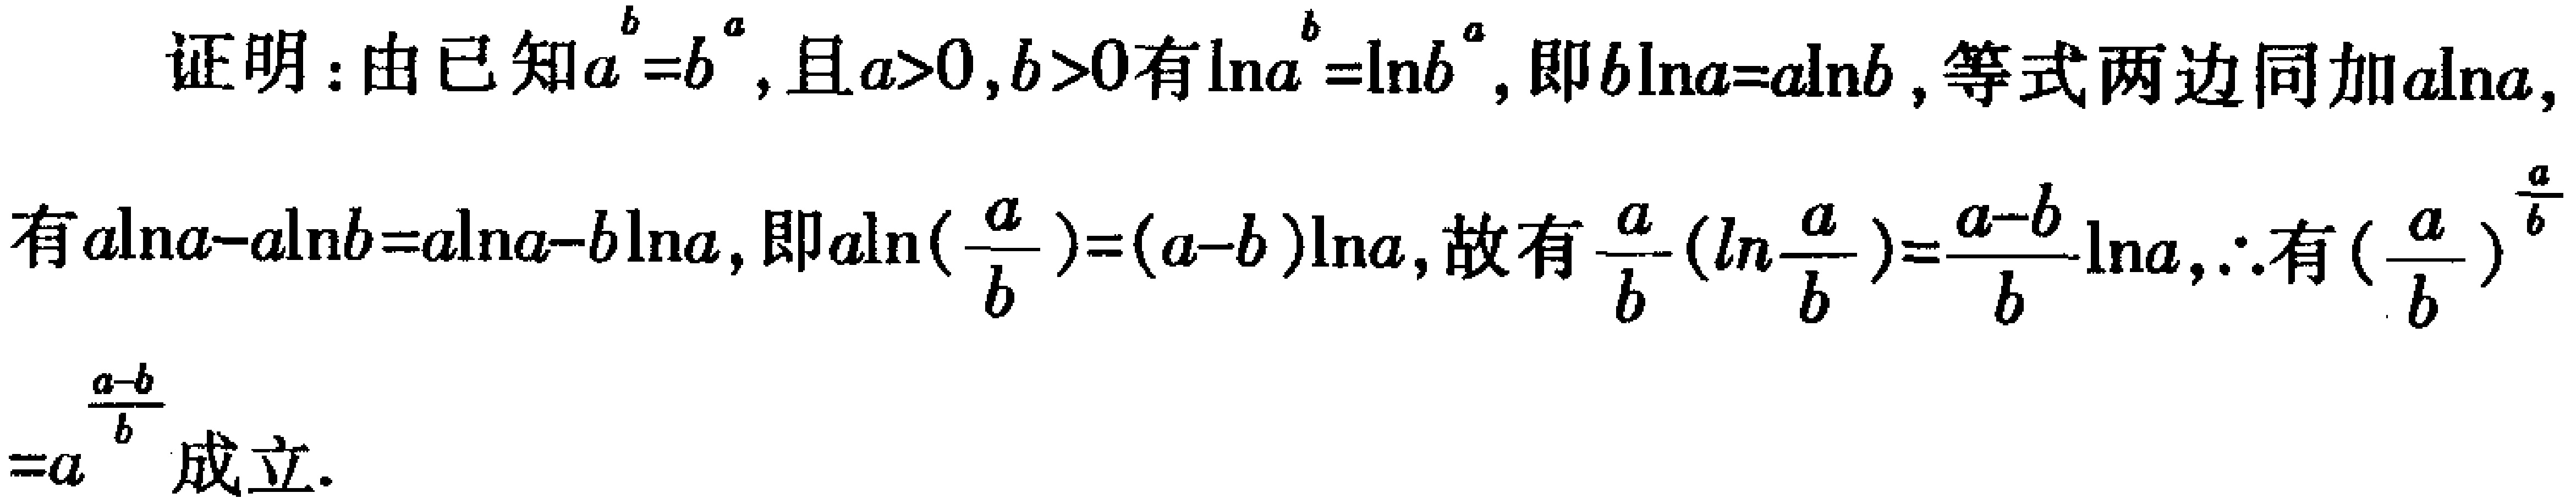
证明：由已知\(a^{b}=b^{a}\)，且\(a > 0,b > 0\)有\(\ln a^{b}=\ln b^{a}\)，即\(b\ln a=a\ln b\)，等式两边同加\(a\ln a\)，有\(a\ln a - a\ln b=a\ln a - b\ln a\)，即\(a\ln(\frac{a}{b})=(a - b)\ln a\)，故有\(\frac{a}{b}(\ln\frac{a}{b})=\frac{a - b}{b}\ln a\)，\(\therefore\)有\((\frac{a}{b})^{\frac{a}{b}}=a^{\frac{a - b}{b}}\)成立。